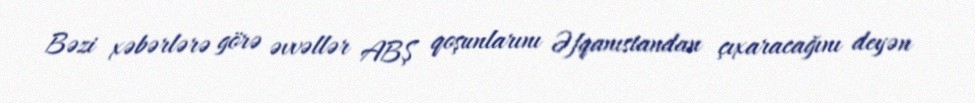
Bəzi xəbərlərə görə əvvəllər ABŞ qoşunlarını Əfqanıstandan çıxaracağını deyən